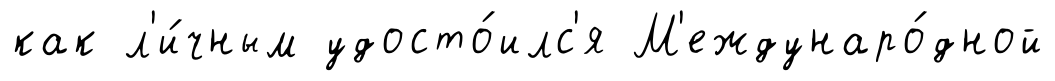
как л'и́чным удосто́илс'я М'еждунаро́дной